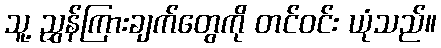
သူ့ ညွှန်ကြားချက်တွေကို တင်ဝင်း ယုံသည်။